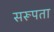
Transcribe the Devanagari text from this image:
सरूपता